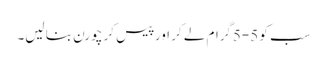
سب کو 5-5گرام لے کر اور پیس کر چورن بنا لیں۔